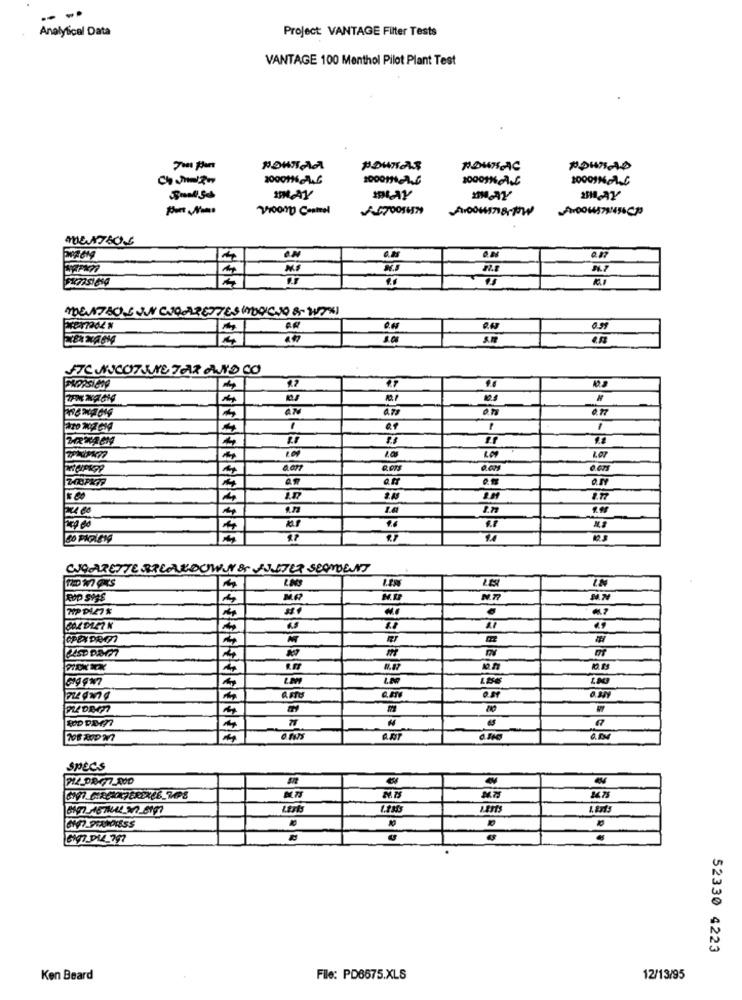
-- -
Analytical Data
Project: VANTAGE Filter Tests
VANTAGE 100 Menthol Pilot Plant Test
pownAs
ROWH AC
20001%-
Smal 5
1PAY
Vioomp Central
ON
0.17
MENATÃO SINI CIGARETTESINDICIO 8- 20%)
4
FTCASCOTUVE TAR AND CO
4.7
4.78
1
1
1
4
0.077
0.67
0.19
" 00
8.77
RW
CIGARETTE BREAKDOWNUNOS AJUSTER SCONOENNT
N.77
M.74
.
€7
4
LESE
am
7
A.AT
Specs
M.7
14.75
LEsts
ER
52330 4223
Ken Beard
File: PD6675.XLS
12/13/95